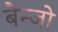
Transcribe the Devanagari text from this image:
बैन्जो